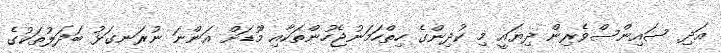
އަދި ސައިންސްވެރިން ދިޔައީ މި ކުދިންގެ ހިތްހަމަނުޖެހުންތަކާއި މޫޑަށް އަންނަ ނުރަނގަޅު ބަދަލުތަކުގެ